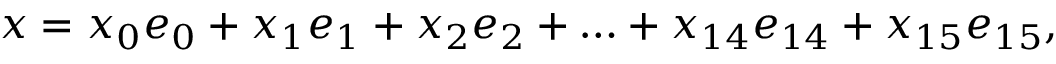
x = x _ { 0 } e _ { 0 } + x _ { 1 } e _ { 1 } + x _ { 2 } e _ { 2 } + \ldots + x _ { 1 4 } e _ { 1 4 } + x _ { 1 5 } e _ { 1 5 } ,